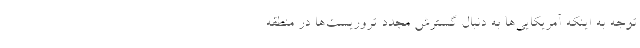
توجه به اینکه آمریکایی‌ها به دنبال گسترش مجدد تروریست‌ها در منطقه